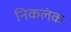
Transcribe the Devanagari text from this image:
निकलंक